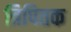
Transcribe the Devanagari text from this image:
त्रिपितक